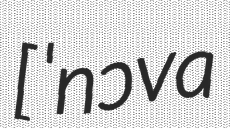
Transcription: [ˈnɔva